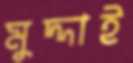
মুদ্দাই